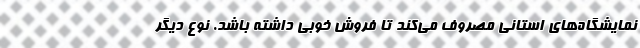
نمایشگاه‌های استانی مصروف می‌کند تا فروش خوبی داشته باشد. نوع دیگر